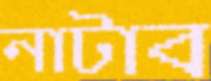
নাটাব